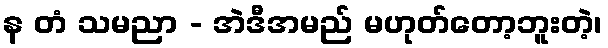
န တံ သမညာ - အဲဒီအမည် မဟုတ်တော့ဘူးတဲ့၊